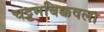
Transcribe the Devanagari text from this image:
चट्टमबिक्कवला